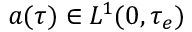
\ensuremath { \boldsymbol { a } } ( \tau ) \in L ^ { 1 } ( 0 , \tau _ { e } )